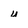
Character: u